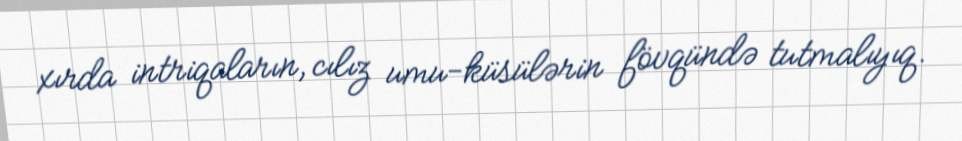
xırda intriqaların, cılız umu-küsülərin fövqündə tutmalıyıq.